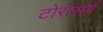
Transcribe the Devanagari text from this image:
टोरोसमें